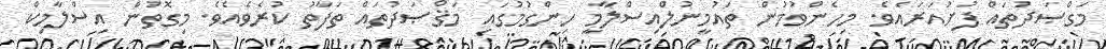
މަގްޞަދުތައް ފުށުއަރައެވެ. މިހެންވުމުން ތައުމީނުލްއިސްލާމީ ހިންގުމުގައި މަޤްޞަދުތައް ތަފާތު ކުރެވެއެވެ. މިގޮތުން އިސްލާމިކް